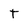
Character: T